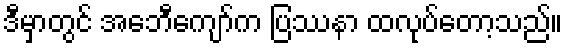
ဒီမှာတွင် အေဘီကျော်က ပြဿနာ ထလုပ်တော့သည်။